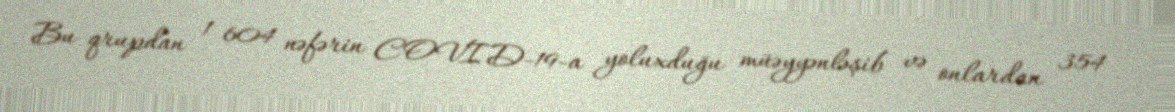
Bu qrupdan 1 604 nəfərin COVID-19-a yoluxduğu müəyyənləşib və onlardan 354